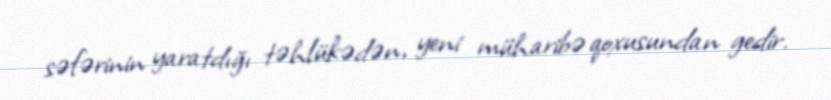
səfərinin yaratdığı təhlükədən, yeni müharibə qoxusundan gedir.